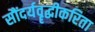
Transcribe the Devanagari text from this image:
सौंदर्यवॄद्धीकरिता